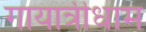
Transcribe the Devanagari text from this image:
गायात्रीधाम